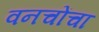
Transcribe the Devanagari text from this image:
वनचोंचा